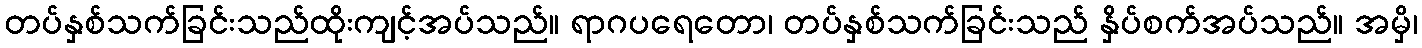
တပ်နှစ်သက်ခြင်းသည်ထိုးကျင့်အပ်သည်။ ရာဂပရေတော၊ တပ်နှစ်သက်ခြင်းသည် နှိပ်စက်အပ်သည်။ အမှိ၊